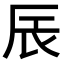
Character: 𮝾